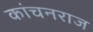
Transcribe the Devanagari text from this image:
कांचनराज